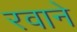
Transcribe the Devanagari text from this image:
रवाने